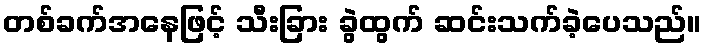
တစ်ခက်အနေဖြင့် သီးခြား ခွဲထွက် ဆင်းသက်ခဲ့ပေသည်။